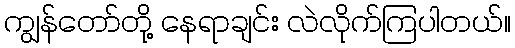
ကျွန်တော်တို့ နေရာချင်း လဲလိုက်ကြပါတယ်။